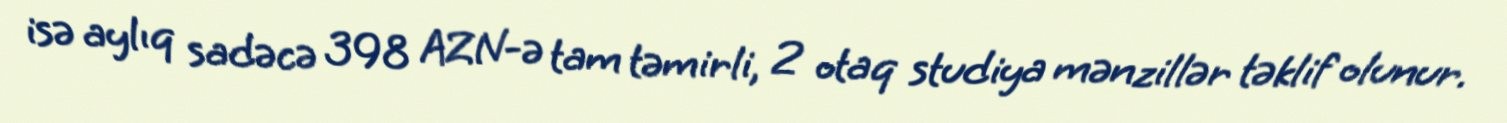
isə aylıq sadəcə 398 AZN-ə tam təmirli, 2 otaq studiya mənzillər təklif olunur.